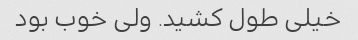
خیلی طول کشید. ولی خوب بود